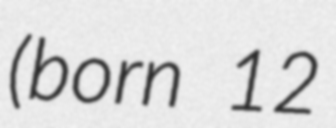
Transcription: (born 12